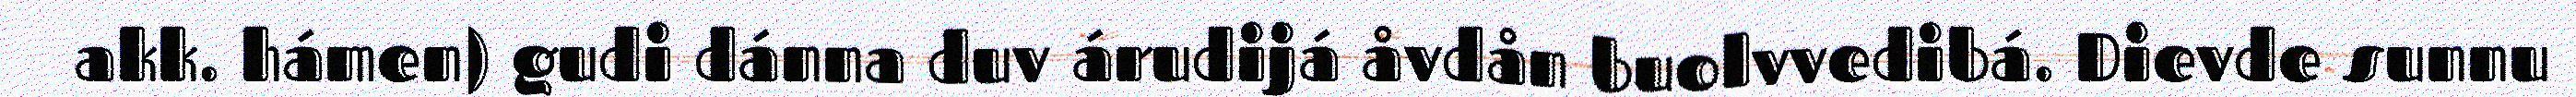
akk. hámen) gudi dánna duv árudijá åvdån buolvvedibá. Dievde sunnu